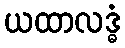
ယထာလဒ္ဓံ